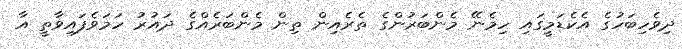
ދިވެހިބަހުގެ އެކެޑަމީގައި ހިމެނޭ މެންބަރުންގެ ތެރެއިން ތިން މެންބަރެއްގެ ދައުރު ހަމަވެފައިވާތީ އާ